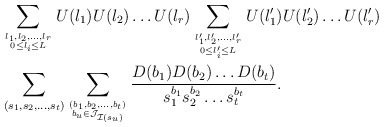
\begin{align*}&\sum_{l_1,l_2,\dots, l_r \atop {0 \leq l_i \leq L}}U(l_1)U(l_2)\dots U(l_r) \sum_{l_1',l_2',\dots, l_r' \atop {0 \leq l_i' \leq L}}U(l_1')U(l_2')\dots U(l_r')\\&\sum_{(s_1,s_2,\dots ,s_{t})}\sum_{(b_1,b_2,\dots,b_{t}) \atop {b_u \in \mathcal J_{\mathcal I(s_u)}}}\frac{D(b_1)D(b_2)\dots D(b_{t})}{s_1^{b_1}s_2^{b_2}\dots s_{t}^{b_{t}}}.\end{align*}